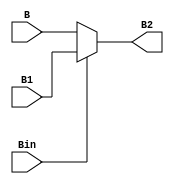

module Binvert(B,B1,Bin,B2);
	input B,B1;
	input Bin;
	output B2;
	
	assign B2 = Bin? B1:B;


endmodule